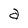
Character: a